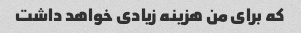
که برای من هزینه زیادی خواهد داشت